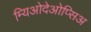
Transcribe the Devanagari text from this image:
म्यिओदेओप्सिअ